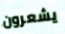
يشعرون